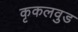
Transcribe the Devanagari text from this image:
कृकलवुड